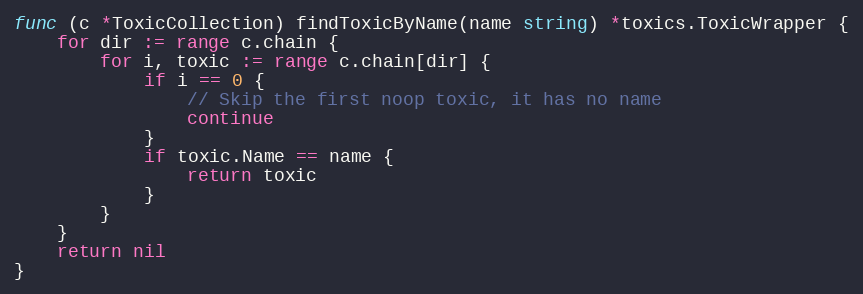
Language: Go
func (c *ToxicCollection) findToxicByName(name string) *toxics.ToxicWrapper {
	for dir := range c.chain {
		for i, toxic := range c.chain[dir] {
			if i == 0 {
				// Skip the first noop toxic, it has no name
				continue
			}
			if toxic.Name == name {
				return toxic
			}
		}
	}
	return nil
}